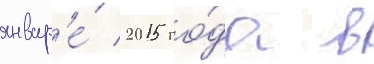
январ'е́ 2015 го́да в